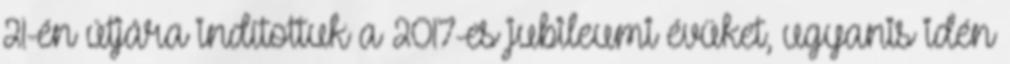
21-én útjára indítottuk a 2017-es jubileumi évüket, ugyanis idén